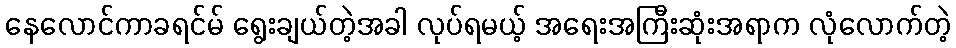
နေလောင်ကာခရင်မ် ရွေးချယ်တဲ့အခါ လုပ်ရမယ့် အရေးအကြီးဆုံးအရာက လုံလောက်တဲ့